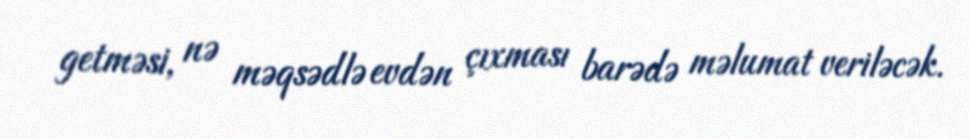
getməsi, nə məqsədlə evdən çıxması barədə məlumat veriləcək.